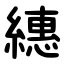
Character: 繐